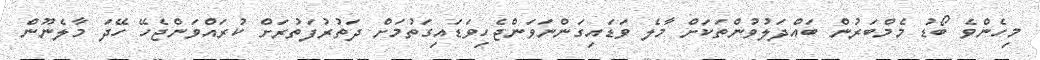
މިހެންވެ ބޯޑު މެމްބަރުން ބައްދަލުވުންތަކަށް މާލެ ވަޑައިގަންނަވަންޖެހިވަޑައިގަތުމަށް ދަތުރުފަތުރަށް ކުރައްވަންޖެހޭ ހޭދަ މާލެނޫން